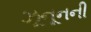
ઝૂનૂનની